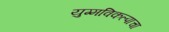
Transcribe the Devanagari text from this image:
युग्मविकल्पाचा